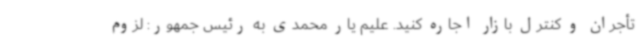
تأجران و کنترل بازار اجاره کنید. علیم یار محمدی به رئیس جمهور: لزوم